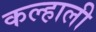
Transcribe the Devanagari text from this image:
कल्हाली